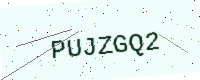
Text: PUJZGQ2